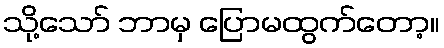
သို့သော် ဘာမှ ပြောမထွက်တော့။